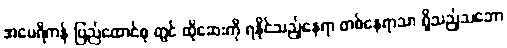
အမေရိကန် ပြည်ထောင်စု တွင် ထိုဆေးကို ရနိုင်သည့်နေရာ တစ်နေရာသာ ရှိသည့်သဘော